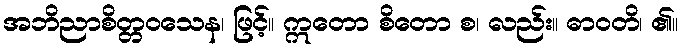
အဘိညာစိတ္တဝသေန၊ ဖြင့်။ ဣတော စိတော စ၊ လည်း။ ဓာဝတိ၊ ၏။